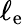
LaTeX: \ell_{\mathrm{e}}